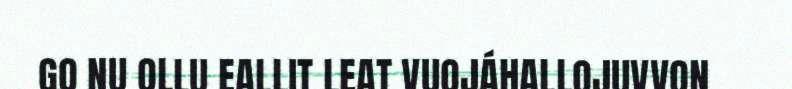
GO NU OLLU EALLIT LEAT VUOJÁHALLOJUVVON